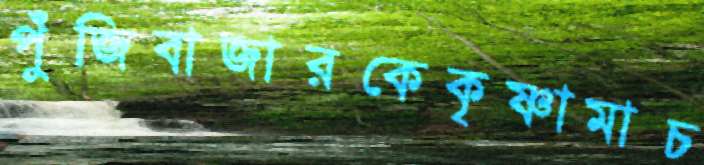
পুঁজিবাজারকেকৃষ্ণামাচ